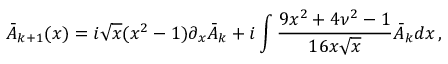
\bar { A } _ { k + 1 } ( x ) = i \sqrt { x } ( x ^ { 2 } - 1 ) \partial _ { x } \bar { A } _ { k } + i \int \frac { 9 x ^ { 2 } + 4 \nu ^ { 2 } - 1 } { 1 6 x \sqrt { x } } \bar { A } _ { k } d x \, ,